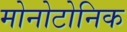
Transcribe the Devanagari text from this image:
मोनोटोनिक